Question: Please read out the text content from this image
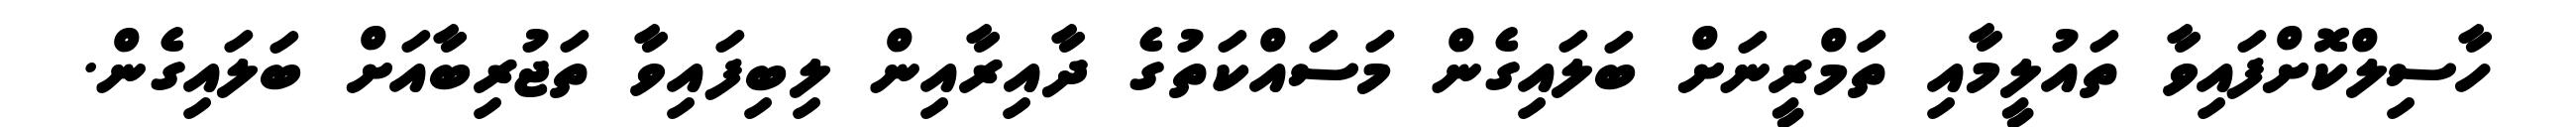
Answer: ހާސިލްކޮށްފައިވާ ތައުލީމާއި ތަމްރީނަށް ބަލައިގެން މަސައްކަތުގެ ދާއިރާއިން ލިބިފައިވާ ތަޖުރިބާއަށް ބަލައިގެން.